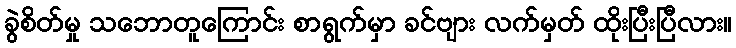
ခွဲစိတ်မှု သဘောတူကြောင်း စာရွက်မှာ ခင်ဗျား လက်မှတ် ထိုးပြီးပြီလား။